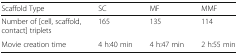
| Scaffold Type | SC | MF | MMF |
 | --- | --- | --- | --- |
 | Number of [cell, scaffold, contact] triplets | 165 | 135 | 114 |
 | Movie creation time | 4 h:40 min | 4 h:47 min | 2 h:55 min |